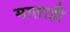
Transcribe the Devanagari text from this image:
माताही